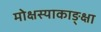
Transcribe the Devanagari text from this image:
मोक्षस्याकाङ्क्षा